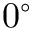
0 ^ { \circ }